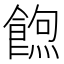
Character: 𮩃